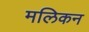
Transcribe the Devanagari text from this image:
मलिकन